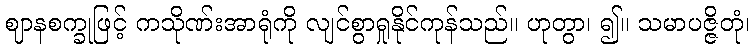
ဈာနစက္ခုဖြင့် ကသိုဏ်းအာရုံကို လျင်စွာရှုနိုင်ကုန်သည်။ ဟုတွာ၊ ၍။ သမာပဇ္ဇိတုံ၊